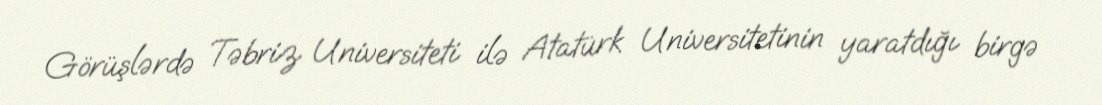
Görüşlərdə Təbriz Universiteti ilə Atatürk Universitetinin yaratdığı birgə